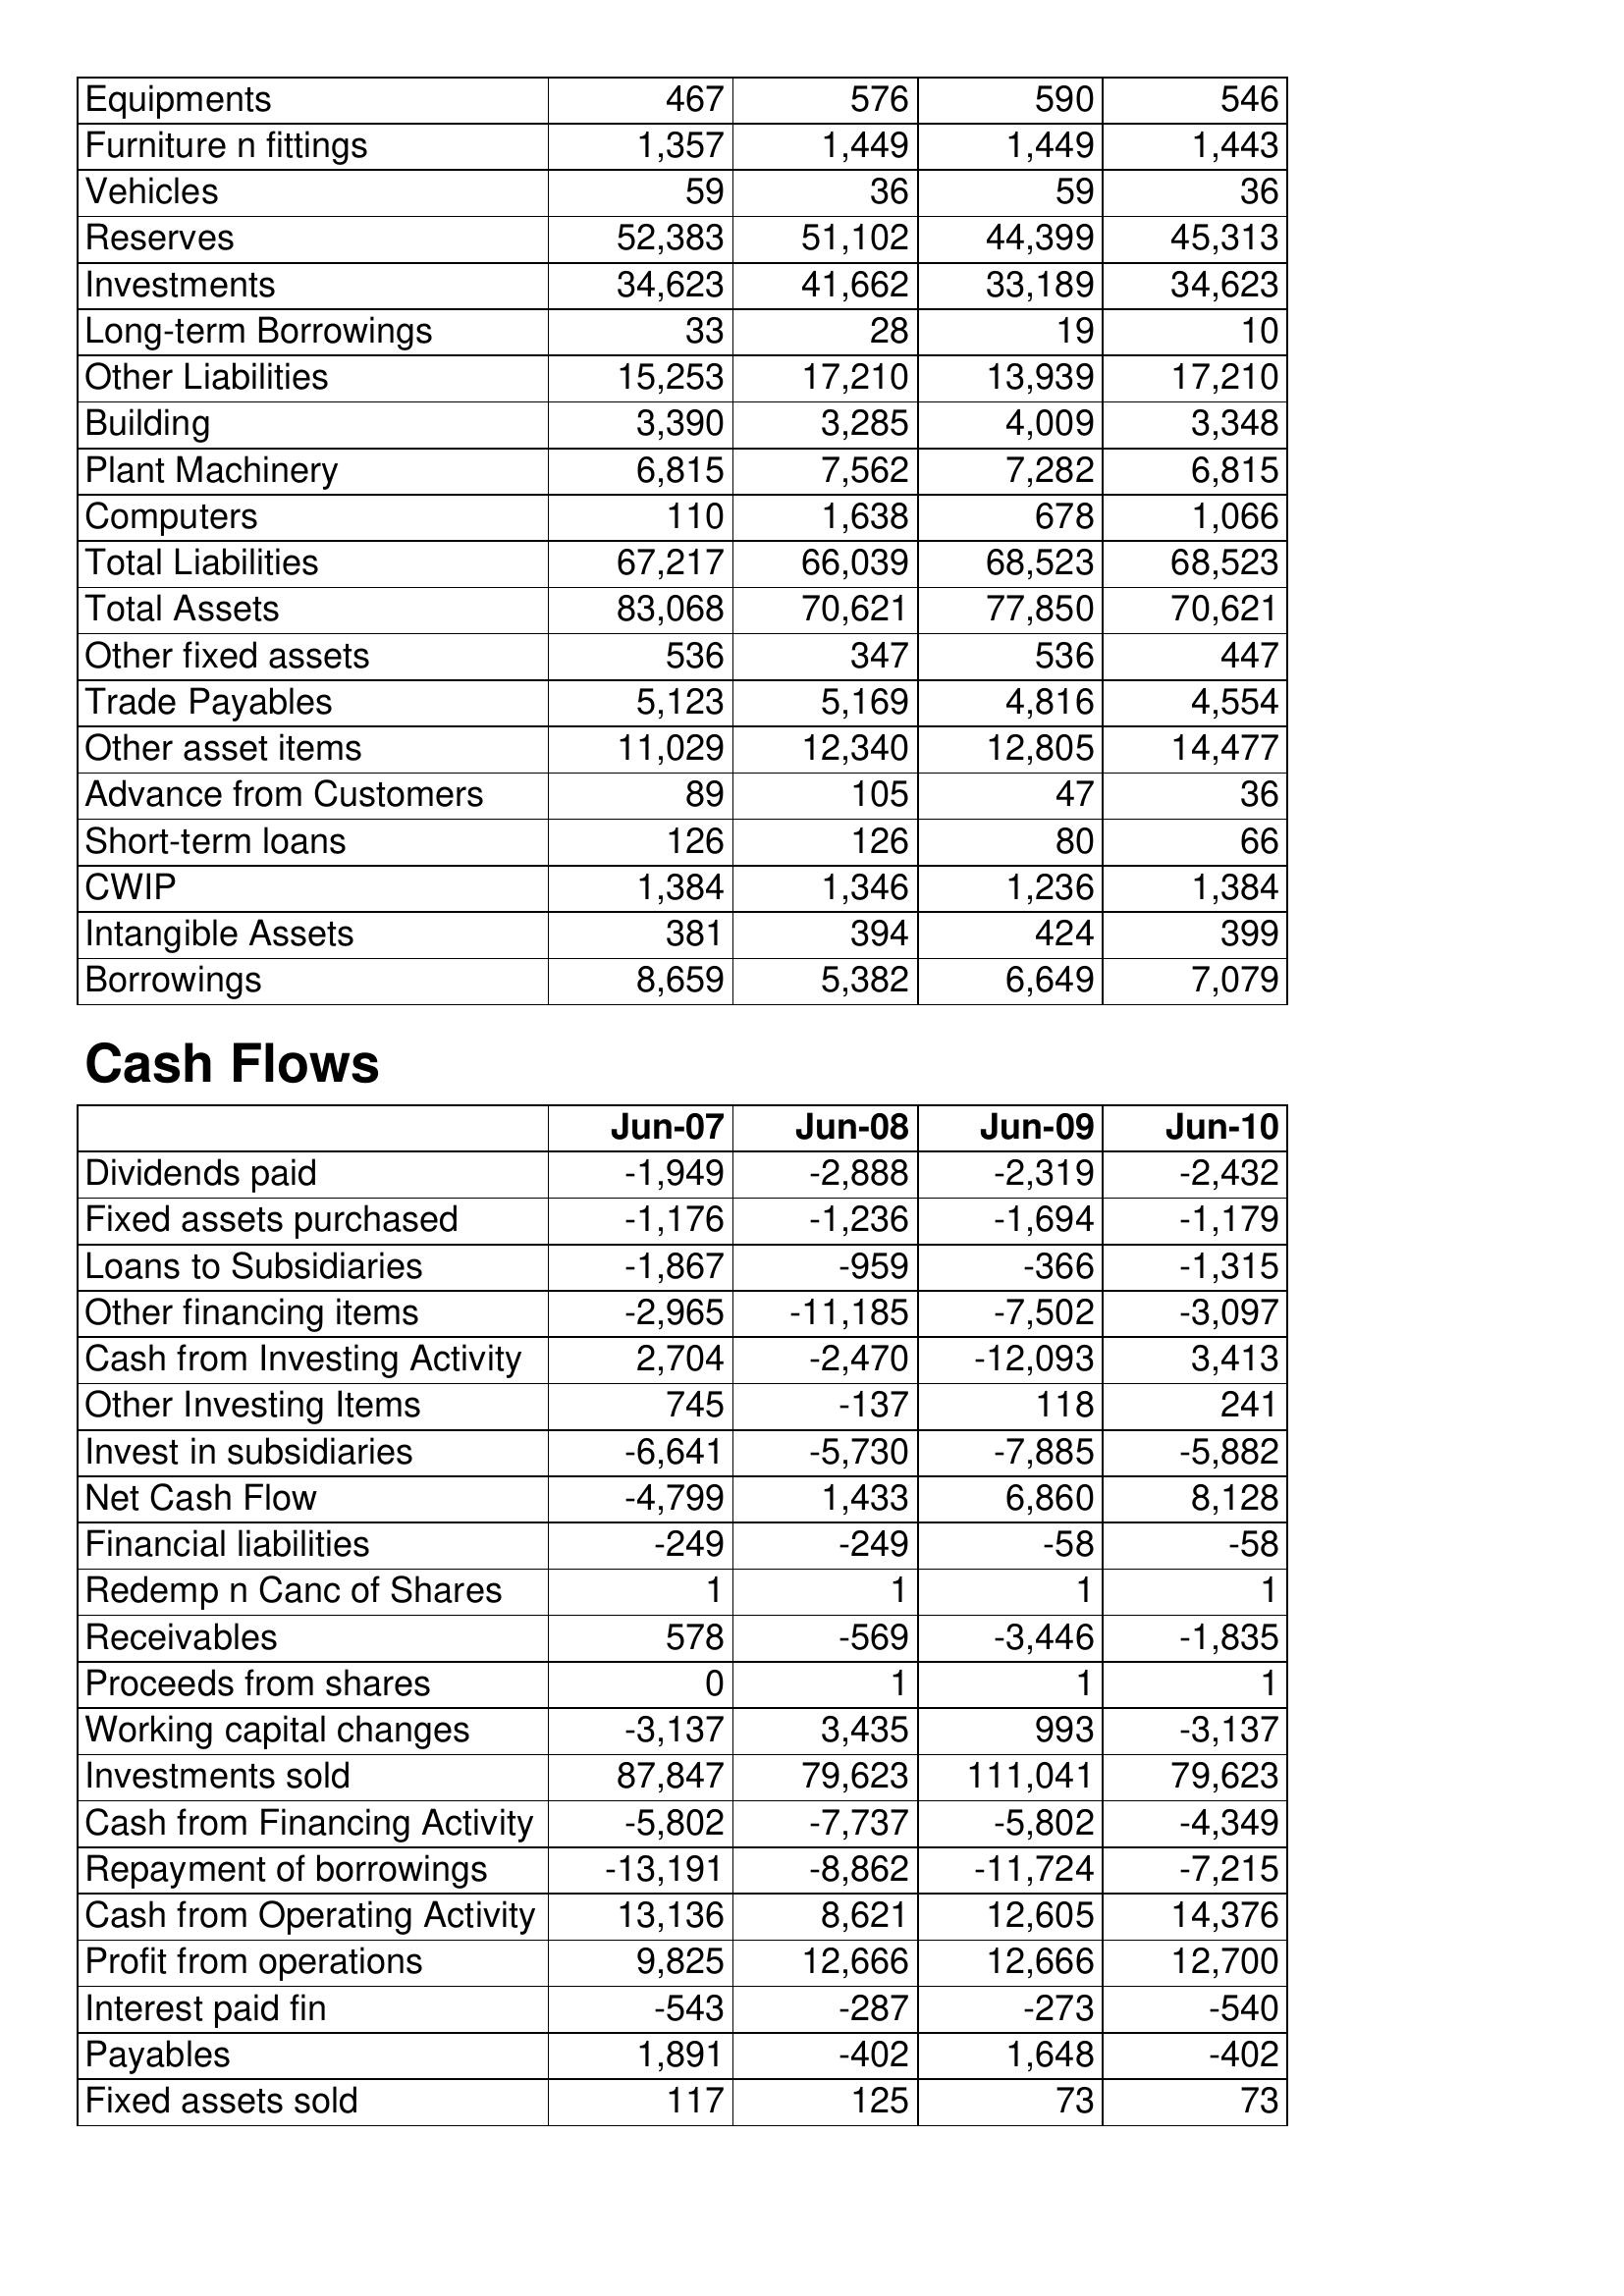
Jun-07: Balance Sheet: Equipments: 467
Furniture n fittings: 1,357
Vehicles: 59
Reserves: 52,383
Investments: 34,623
Long-term Borrowings: 33
Other Liabilities: 15,253
Building: 3,390
Plant Machinery: 6,815
Computers: 110
Total Liabilities: 67,217
Total Assets: 83,068
Other fixed assets: 536
Trade Payables: 5,123
Other asset items: 11,029
Advance from Customers: 89
Short-term loans: 126
CWIP: 1,384
Intangible Assets: 381
Borrowings: 8,659
Cash Flows: Dividends paid: -1,949
Fixed assets purchased: -1,176
Loans to Subsidiaries: -1,867
Other financing items: -2,965
Cash from Investing Activity: 2,704
Other Investing Items: 745
Invest in subsidiaries: -6,641
Net Cash Flow: -4,799
Financial liabilities: -249
Redemp n Canc of Shares: 1
Receivables: 578
Proceeds from shares: 0
Working capital changes: -3,137
Investments sold: 87,847
Cash from Financing Activity: -5,802
Repayment of borrowings: -13,191
Cash from Operating Activity: 13,136
Profit from operations: 9,825
Interest paid fin: -543
Payables: 1,891
Fixed assets sold: 117
Jun-08: Balance Sheet: Equipments: 576
Furniture n fittings: 1,449
Vehicles: 36
Reserves: 51,102
Investments: 41,662
Long-term Borrowings: 28
Other Liabilities: 17,210
Building: 3,285
Plant Machinery: 7,562
Computers: 1,638
Total Liabilities: 66,039
Total Assets: 70,621
Other fixed assets: 347
Trade Payables: 5,169
Other asset items: 12,340
Advance from Customers: 105
Short-term loans: 126
CWIP: 1,346
Intangible Assets: 394
Borrowings: 5,382
Cash Flows: Dividends paid: -2,888
Fixed assets purchased: -1,236
Loans to Subsidiaries: -959
Other financing items: -11,185
Cash from Investing Activity: -2,470
Other Investing Items: -137
Invest in subsidiaries: -5,730
Net Cash Flow: 1,433
Financial liabilities: -249
Redemp n Canc of Shares: 1
Receivables: -569
Proceeds from shares: 1
Working capital changes: 3,435
Investments sold: 79,623
Cash from Financing Activity: -7,737
Repayment of borrowings: -8,862
Cash from Operating Activity: 8,621
Profit from operations: 12,666
Interest paid fin: -287
Payables: -402
Fixed assets sold: 125
Jun-09: Balance Sheet: Equipments: 590
Furniture n fittings: 1,449
Vehicles: 59
Reserves: 44,399
Investments: 33,189
Long-term Borrowings: 19
Other Liabilities: 13,939
Building: 4,009
Plant Machinery: 7,282
Computers: 678
Total Liabilities: 68,523
Total Assets: 77,850
Other fixed assets: 536
Trade Payables: 4,816
Other asset items: 12,805
Advance from Customers: 47
Short-term loans: 80
CWIP: 1,236
Intangible Assets: 424
Borrowings: 6,649
Cash Flows: Dividends paid: -2,319
Fixed assets purchased: -1,694
Loans to Subsidiaries: -366
Other financing items: -7,502
Cash from Investing Activity: -12,093
Other Investing Items: 118
Invest in subsidiaries: -7,885
Net Cash Flow: 6,860
Financial liabilities: -58
Redemp n Canc of Shares: 1
Receivables: -3,446
Proceeds from shares: 1
Working capital changes: 993
Investments sold: 111,041
Cash from Financing Activity: -5,802
Repayment of borrowings: -11,724
Cash from Operating Activity: 12,605
Profit from operations: 12,666
Interest paid fin: -273
Payables: 1,648
Fixed assets sold: 73
Jun-10: Balance Sheet: Equipments: 546
Furniture n fittings: 1,443
Vehicles: 36
Reserves: 45,313
Investments: 34,623
Long-term Borrowings: 10
Other Liabilities: 17,210
Building: 3,348
Plant Machinery: 6,815
Computers: 1,066
Total Liabilities: 68,523
Total Assets: 70,621
Other fixed assets: 447
Trade Payables: 4,554
Other asset items: 14,477
Advance from Customers: 36
Short-term loans: 66
CWIP: 1,384
Intangible Assets: 399
Borrowings: 7,079
Cash Flows: Dividends paid: -2,432
Fixed assets purchased: -1,179
Loans to Subsidiaries: -1,315
Other financing items: -3,097
Cash from Investing Activity: 3,413
Other Investing Items: 241
Invest in subsidiaries: -5,882
Net Cash Flow: 8,128
Financial liabilities: -58
Redemp n Canc of Shares: 1
Receivables: -1,835
Proceeds from shares: 1
Working capital changes: -3,137
Investments sold: 79,623
Cash from Financing Activity: -4,349
Repayment of borrowings: -7,215
Cash from Operating Activity: 14,376
Profit from operations: 12,700
Interest paid fin: -540
Payables: -402
Fixed assets sold: 73